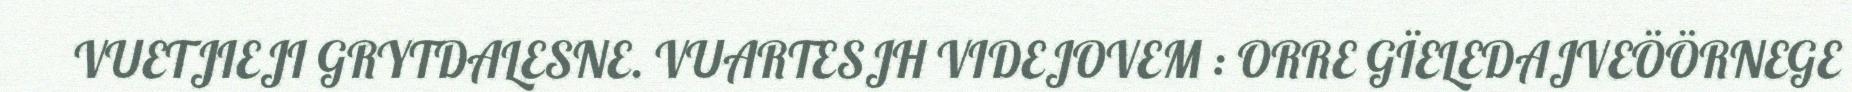
VUETJIEJI GRYTDALESNE. VUARTESJH VIDEJOVEM : ORRE GÏELEDAJVEÖÖRNEGE